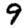
Digit: 9